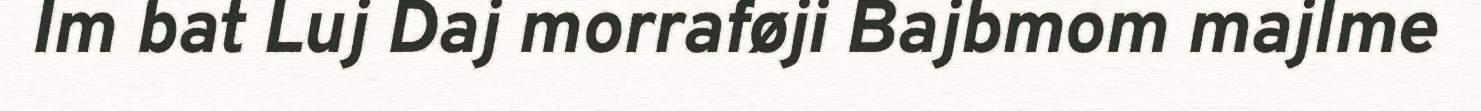
Im bat Luj Daj morraføji Bajbmom majlme